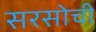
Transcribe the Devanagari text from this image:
सरसोची